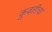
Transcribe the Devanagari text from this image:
कुवतीचा